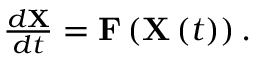
\begin{array} { r } { \frac { d \mathbf { X } } { d t } = \mathbf { F } \left( \mathbf { X } \left( t \right) \right) . } \end{array}